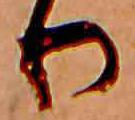
り